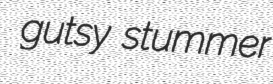
gutsy stummer